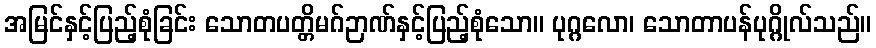
အမြင်နှင့်ပြည့်စုံခြင်း သောတပတ္တိမဂ်ဉာဏ်နှင့်ပြည့်စုံသော။ ပုဂ္ဂလော၊ သောတာပန်ပုဂ္ဂိုလ်သည်။